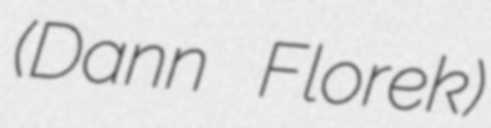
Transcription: (Dann Florek)